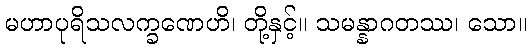
မဟာပုရိသလက္ခဏေဟိ၊ တို့နှင့်။ သမန္နာဂတဿ၊ သော။